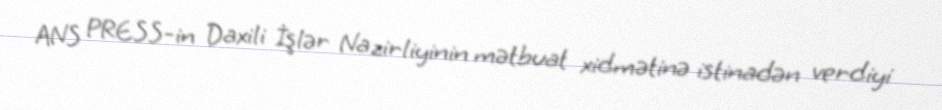
ANS PRESS-in Daxili İşlər Nazirliyinin mətbuat xidmətinə istinadən verdiyi